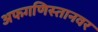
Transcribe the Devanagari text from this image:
अफगणिस्तानवर